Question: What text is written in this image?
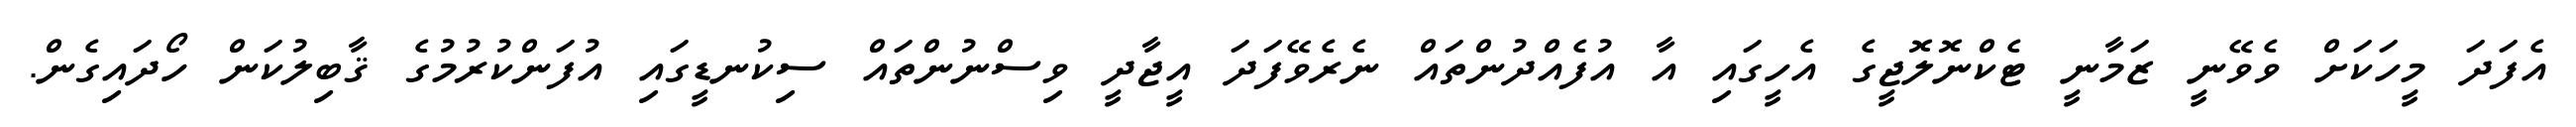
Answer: އެފަދަ މީހަކަށް ވެވޭނީ ޒަމާނީ ޓެކްނޮލޮޖީގެ އެހީގައި އާ އުފެއްދުންތައް ނެރެވޭފަދަ އީޖާދީ ވިސްނުންތައް ސިކުނޑީގައި އުފަންކުރުމުގެ ޤާބިލުކަން ހޯދައިގެން.